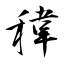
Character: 稦